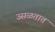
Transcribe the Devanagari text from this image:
उसळतात